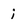
Character: i